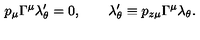
p _ { \mu } \Gamma ^ { \mu } \lambda _ { \theta } ^ { \prime } = 0 , \qquad \lambda _ { \theta } ^ { \prime } \equiv p _ { z \mu } \Gamma ^ { \mu } \lambda _ { \theta } .